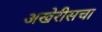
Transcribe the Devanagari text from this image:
अखेरीसचा